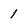
Character: 1